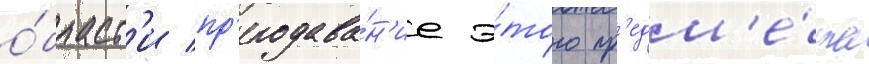
о́бласт'и пр'еподава́н'ие э́того пр'едм'е́та